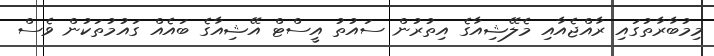
މިމުބާރާތުގައި ރާއްޖެއާއި މެލޭޝިއާގެ އިތުރުން ސައުތު އީސްޓް އޭޝިއާގެ ބައެއް ގައުމުތަކުން ވެސް